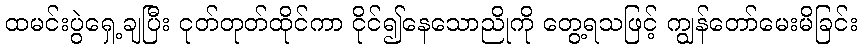
ထမင်းပွဲရှေ့ချပြီး ငုတ်တုတ်ထိုင်ကာ ငိုင်၍နေသောညိုကို တွေ့ရသဖြင့် ကျွန်တော်မေးမိခြင်း